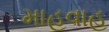
માહવાહ